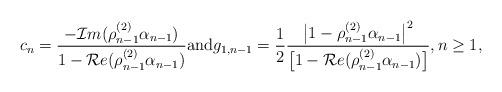
LaTeX: \begin{align*} c_{n} = \frac{-\mathcal{I}m (\rho_{n-1}^{(2)}\alpha_{n-1})} {1-\mathcal{R}e(\rho_{n-1}^{(2)}\alpha_{n-1})} \mbox{and} g_{1, n-1} = \frac{1}{2} \frac{\big|1 - \rho_{n-1}^{(2)} \alpha_{n-1}\big|^2}{\big[1 - \mathcal{R}e(\rho_{n-1}^{(2)}\alpha_{n-1})\big]}, n \geq 1,\end{align*}